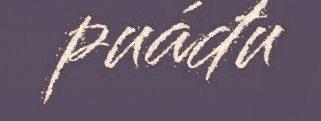
puáđu